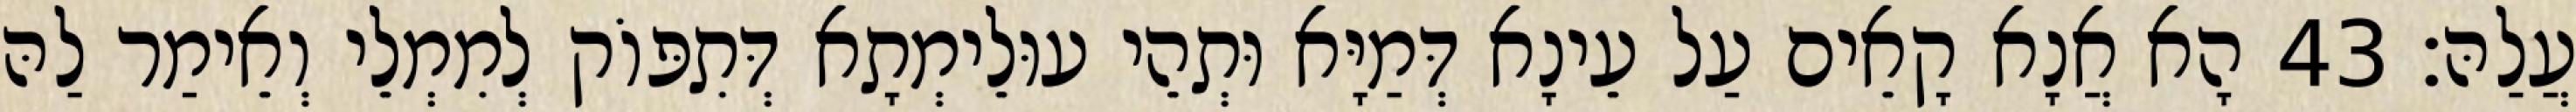
עֲלַהּ׃ 43 הָא אֲנָא קָאֵים עַל עֵינָא דְּמַיָּא וּתְהֵי עוּלֵימְתָא דְּתִפּוֹק לְמִמְלֵי וְאֵימַר לַהּ